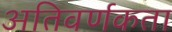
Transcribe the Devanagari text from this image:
अतिवर्णकता